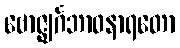
ဗောဇ္ဈင်္ဂဘာဝနာရတော